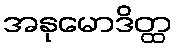
အနုမောဒိတ္ထ